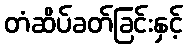
တံဆိပ်ခတ်ခြင်းနှင့်